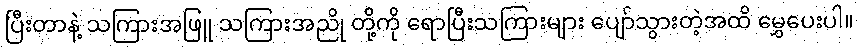
ပြီးတာနဲ့ သကြားအဖြူ သကြားအညို တို့ကို ရောပြီးသကြားများ ပျော်သွားတဲ့အထိ မွှေပေးပါ။